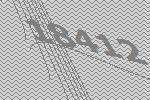
18412